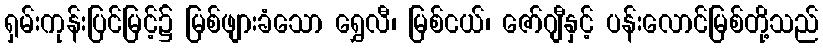
ရှမ်းကုန်းပြင်မြင့်၌ မြစ်ဖျားခံသော ရွှေလီ၊ မြစ်ငယ်၊ ဇော်ဂျီနှင့် ပန်းလောင်မြစ်တို့သည်